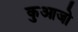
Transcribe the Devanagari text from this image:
कुआजो